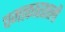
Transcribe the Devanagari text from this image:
चमत्कारशाली